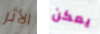
الأثر يمكن